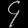
Digit: ၄